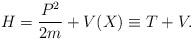
LaTeX: \begin{align*}H=\frac{P^2}{2m}+V(X)\equiv T+V.\end{align*}